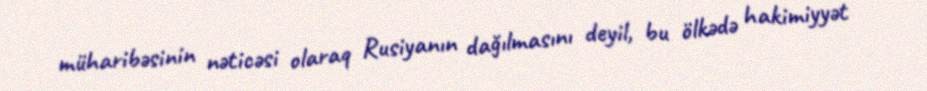
müharibəsinin nəticəsi olaraq Rusiyanın dağılmasını deyil, bu ölkədə hakimiyyət